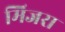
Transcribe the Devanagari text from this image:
मिजरा